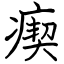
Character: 瘈